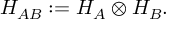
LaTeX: H _ { A B } : = H _ { A } \otimes H _ { B } .